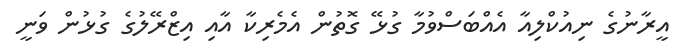
އީރާނުގެ ނިއުކްލިއާ އެއްބަސްވުމާ ގުޅޭ ގޮތުން އެމެރިކާ އާއި އިޒްރޭލުގެ ގުޅުން ވަނީ